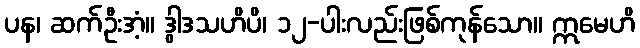
ပန၊ ဆက်ဦးအံ့။ ဒွါဒသဟိပိ၊ ၁၂-ပါးလည်းဖြစ်ကုန်သော။ ဣမေဟိ